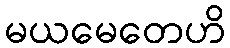
မယမေတေဟိ